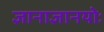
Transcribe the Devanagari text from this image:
ज्ञानाज्ञानयोः